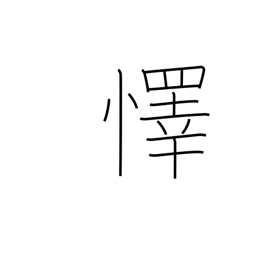
Meaning: rejoice